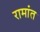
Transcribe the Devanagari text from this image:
रामांत